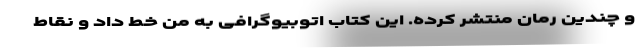
و چندین رمان منتشر کرده. این کتاب اتوبیوگرافی به من خط داد و نقاط